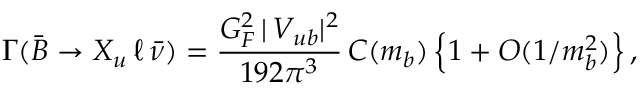
\Gamma ( \bar { B } \to X _ { u } \, \ell \, \bar { \nu } ) = { \frac { G _ { F } ^ { 2 } \, | \, V _ { u b } | ^ { 2 } } { 1 9 2 \pi ^ { 3 } } } \, C ( m _ { b } ) \, \Big \{ 1 + O ( 1 / m _ { b } ^ { 2 } ) \Big \} \, ,